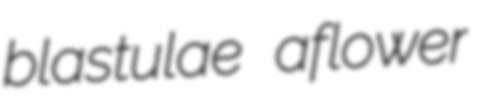
blastulae aflower